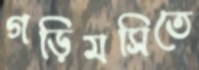
গড়িমসিতে